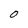
Character: O